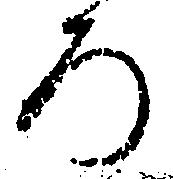
ろ